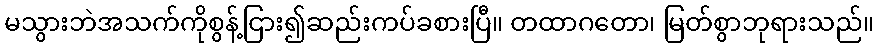
မသွားဘဲအသက်ကိုစွန့်ငြား၍ဆည်းကပ်ခစားပြီ။ တထာဂတော၊ မြတ်စွာဘုရားသည်။